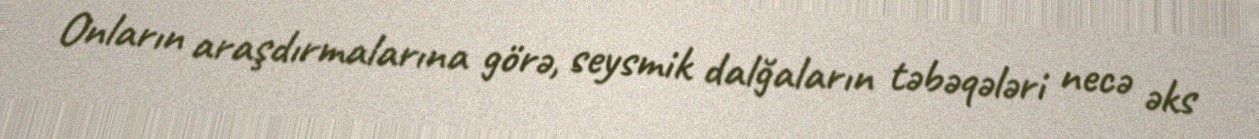
Onların araşdırmalarına görə, seysmik dalğaların təbəqələri necə əks